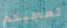
تعجبكم